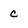
Character: c